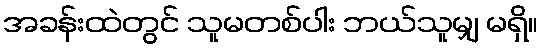
အခန်းထဲတွင် သူမတစ်ပါး ဘယ်သူမျှ မရှိ။